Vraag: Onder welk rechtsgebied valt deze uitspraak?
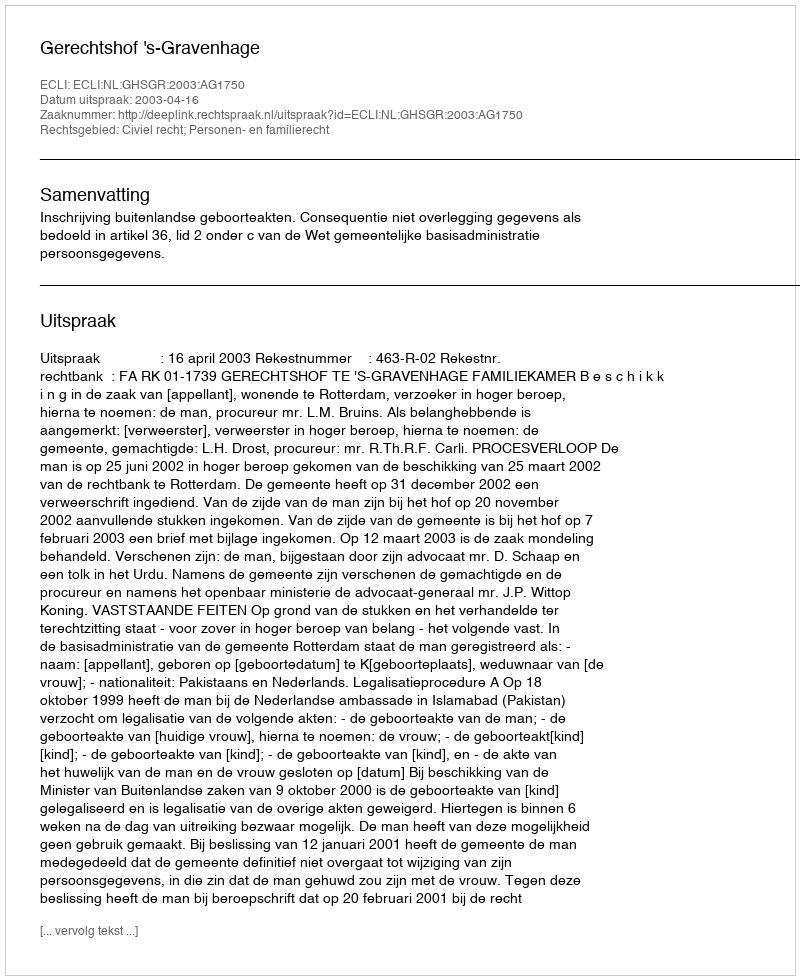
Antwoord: Civiel recht; Personen- en familierecht